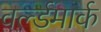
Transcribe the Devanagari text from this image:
वर्ल्डमार्क